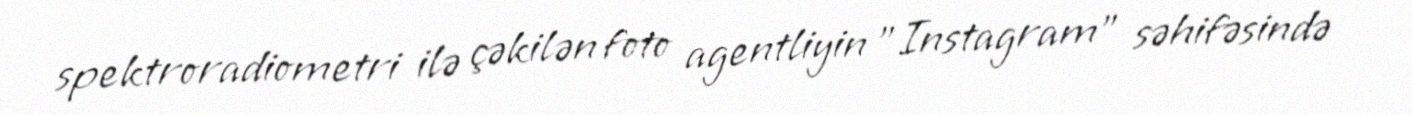
spektroradiometri ilə çəkilən foto agentliyin "Instagram" səhifəsində